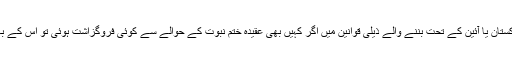
یہ امر پیش نظر رہنا چاہیے کہ آئین پاکستان یا آئین کے تحت بننے والے ذیلی قوانین میں اگر کہیں بھی عقیدہ ختم نبوت کے حوالے سے کوئی فروگزاشت ہوئی تو اس کے بہت ہی دور رس مہلک اثرات ہوں گے۔